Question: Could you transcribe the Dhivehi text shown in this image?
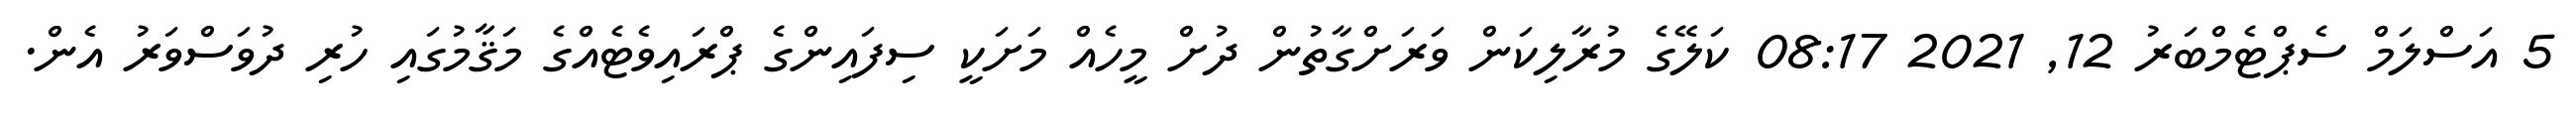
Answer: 5 އަސްލަމް ސެޕްޓެމްބަރު 12, 2021 08:17 ކަލޭގެ މުރާލިކަން ވަރަށްގާތުން ދުށް މީހެއް މަށަކީ ސިފައިންގެ ޕްރައިވެޓެއްގެ މަޤާމުގައި ހުރި ދުވަސްވަރު އެން.